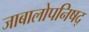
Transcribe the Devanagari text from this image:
जाबालोपनिषद्